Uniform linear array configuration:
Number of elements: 16
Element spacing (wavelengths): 0.5
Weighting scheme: kaiser
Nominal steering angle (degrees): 60
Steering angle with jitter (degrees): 58.7
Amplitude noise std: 0.05
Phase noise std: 0.05

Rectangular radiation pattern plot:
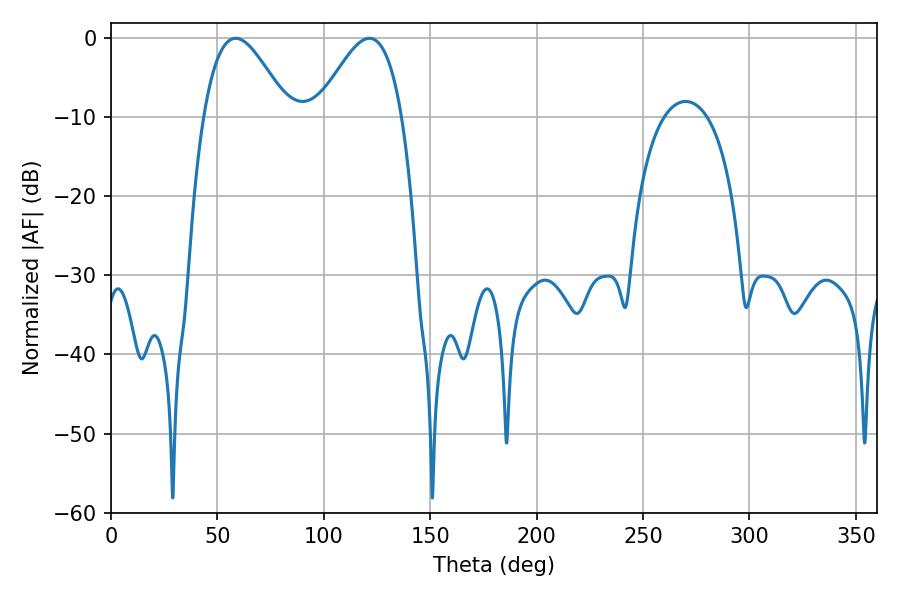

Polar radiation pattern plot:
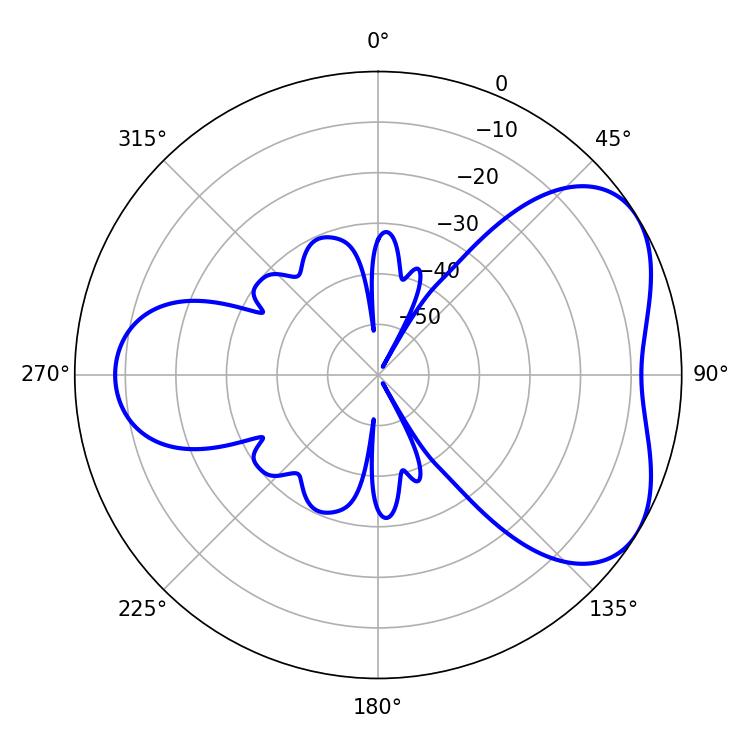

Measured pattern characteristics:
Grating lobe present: FALSE
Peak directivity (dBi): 4.769
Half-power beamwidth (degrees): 21.42
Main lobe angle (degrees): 58.5